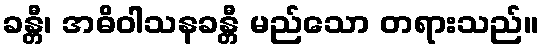
ခန္တီ၊ အဓိဝါသနခန္တီ မည်သော တရားသည်။